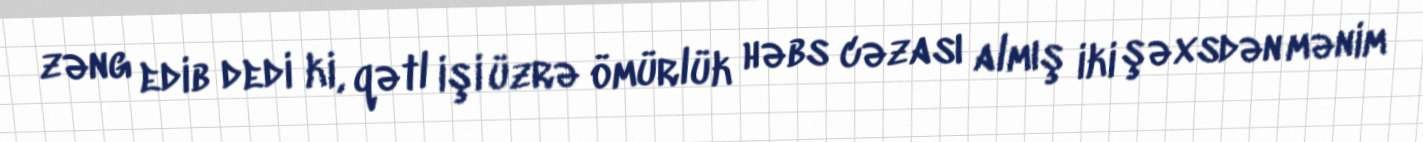
zəng edib dedi ki, qətl işi üzrə ömürlük həbs cəzası almış iki şəxsdən mənim